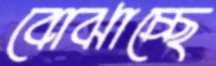
বোঝাচ্ছে